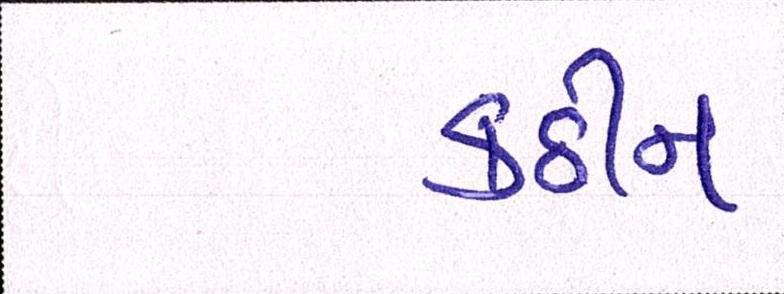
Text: કઠીન